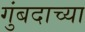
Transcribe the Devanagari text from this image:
गुंबदाच्या